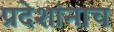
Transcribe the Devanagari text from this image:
प्रदेशांनाच